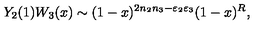
Y _ { 2 } ( 1 ) W _ { 3 } ( x ) \sim ( 1 - x ) ^ { 2 n _ { 2 } n _ { 3 } - \varepsilon _ { 2 } \varepsilon _ { 3 } } ( 1 - x ) ^ { R } ,